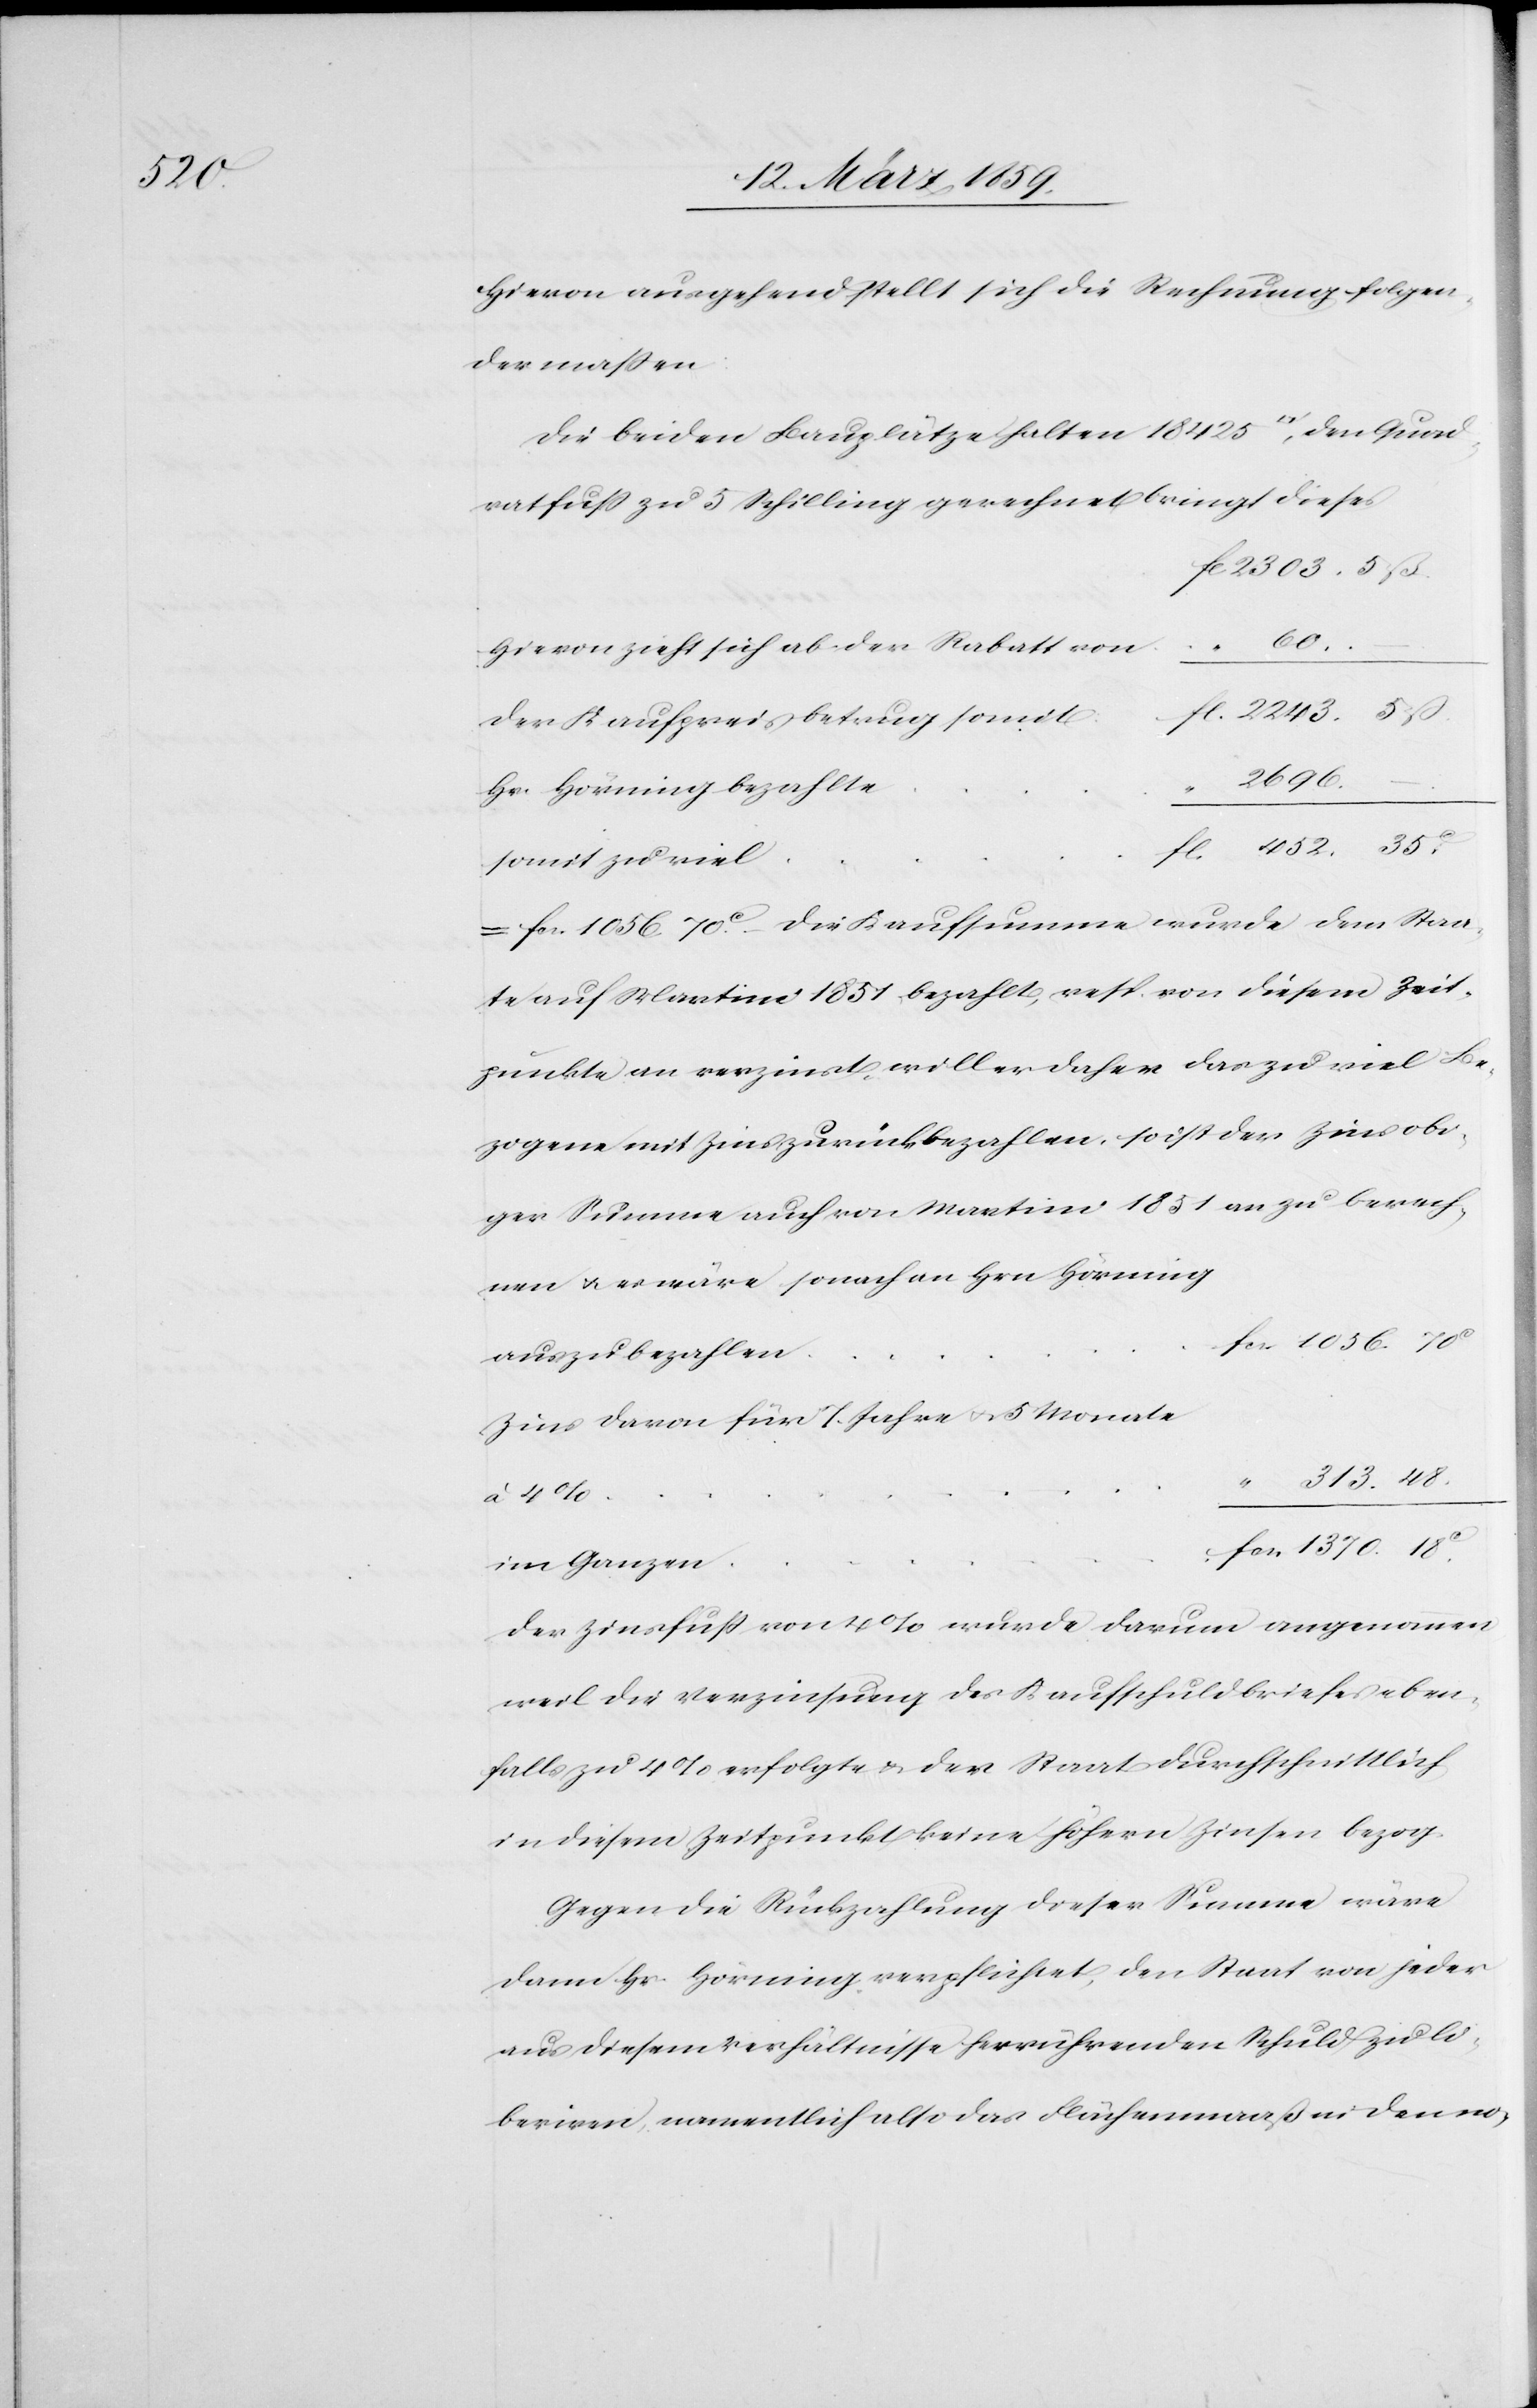
1370.

Hievon ausgehend stellt sich die Rechnung folgen¬
dermaßen:
Die beiden Bauplätze halten 18 425 Quadratfuß, den Quad¬
ratfuß zu 5 Schilling gerechnet bringt dieses
hievon zieht sich ab: der Rabatt von
der Kaufpreis betrug somit
2696.
–
Hr. Hörning bezahlte
somit zu viel
fcs. 1056, 70 c. Die Kaufsumme wurde dem Staa¬
te auf Martini 1851 bezahlt, resp. von diesem Zeit¬
punkte an verzinst, will er daher das zu viel Be¬
zogene mit Zins zurückbezahlen, so ist der Zins obi¬
ger Summe auch von Martini 1851 an zu berech¬
nen u. es wäre sonach an Hrn Hörning
1056. 70
Zins davon für 7. Jahre u. 5 Monate
“ 313. 48.
Der Zinsfuß von 4 % wurde darum angenommen
weil die Verzinsung des Kaufschuldbriefes eben¬
falls zu 4 % erfolgte & der Staat durchschnittlich
in diesem Zeitpunkt keine höhern Zinsen bezog.
Gegen die Rückzahlung dieser Summe wäre
dann Hr. Hörning verpflichtet, den Staat von jeder
aus diesem Verhältnisse herrührenden Schuld zu li¬
beriren, namentlich also das Flächenmaaß in den no-